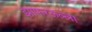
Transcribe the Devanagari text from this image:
झाफरऊल्ला